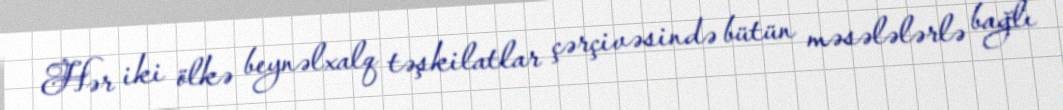
Hər iki ölkə beynəlxalq təşkilatlar çərçivəsində bütün məsələlərlə bağlı